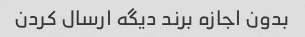
بدون اجازه برند دیگه ارسال کردن